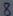
Text: 8